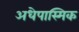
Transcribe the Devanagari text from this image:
अधेपास्मिक